Document type: Emphyteutic lease
Year: 1316
Scribe: Berenguer de Vallseca
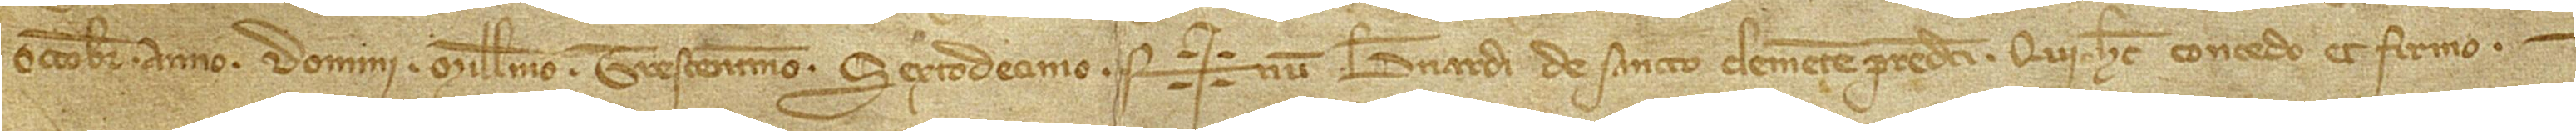
octobris, anno Domini millesimo trescentesimo sextodecimo. Sig+num Bernardi de Sancto Clemente predicti, qui hec concedo et firmo.